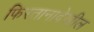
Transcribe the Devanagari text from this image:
फिरतानादेखील